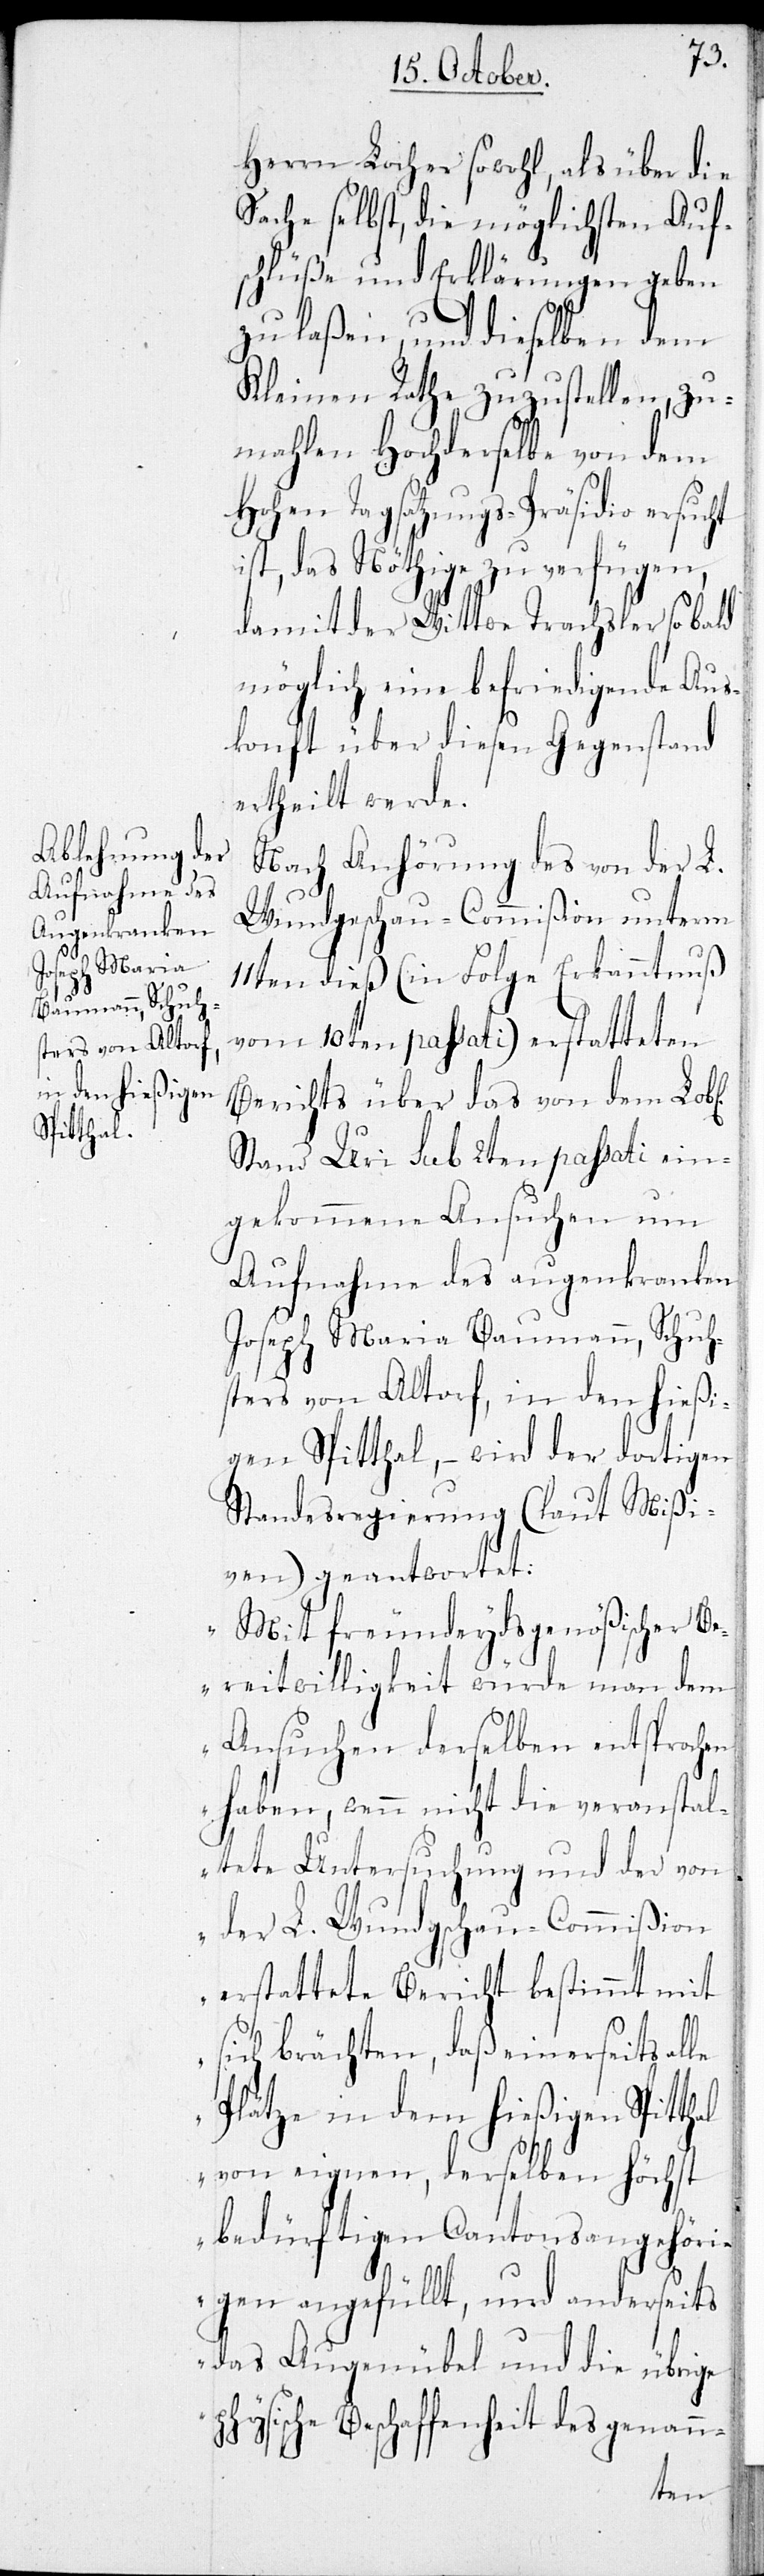
Herrn Locher sowohl, als über die
Sache selbst, die möglichsten Auf¬
schlüße und Erklärungen geben
zu laßen; und dieselben dem
Kleinen Rathe zuzustellen, zu¬
mahlen Hochderselbe von dem
Hohen Tagsatzungs-Präsidio ersucht
ist, das Nöthige zu verfügen,
damit der Wittwe Trachsler so
möglich eine befriedigende Aus¬
konft über diesen Gegenstand
ertheilt werde.
Nach Anhörung des von der L.
Wundgeschau-Commißion unterm
11ten dieß (in Folge Erkanntnuß
vom 10ten passati) erstatteten
Berichts über das von dem Lobl.
Stand Uri sub 2ten passati ein¬
gekommene Ansuchen um
Aufnahme des augenkranken
Joseph Maria Baumann, Schuh¬
sters von Altorf, in den hießi¬
gen Spitthal, – wird der dortigen
Standesregierung (laut Mißi¬
ven) geantwortet:
„Mit freundeydsgenößischer B¬
ereitwilligkeit würde man dem
Ansuchen derselben entsprochen
haben, wenn nicht die veranstal¬
tete Untersuchung und der von
der L. Wundgschau-Commißion
erstattete Bericht bestimmt mit
sich brächten, daß einerseits alle
Plätze in dem hießigen Spitthal
von eignen, derselben höchst
bedürftigen Cantonsangehöri¬
gen angefüllt, und anderseits
das Augenübel und die übrige
physische Beschaffenheit des genann-